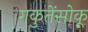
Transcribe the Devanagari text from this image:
गकुतेंसोकू